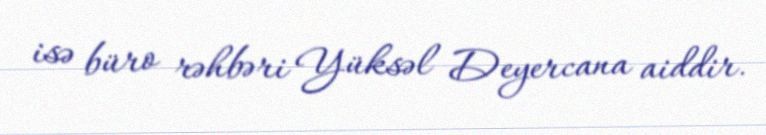
isə büro rəhbəri Yüksəl Deyercana aiddir.